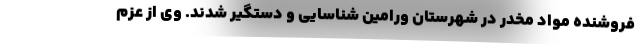
فروشنده مواد مخدر در شهرستان ورامین شناسایی و دستگیر شدند. وی از عزم